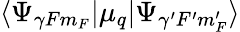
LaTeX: \langle\Psi_{\gamma Fm_{F}}|\mu_{q}|\Psi_{\gamma^{\prime}F^{\prime}m_{F}^{\prime}}\rangle